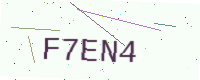
Text: F7EN4